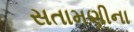
સતામણીના